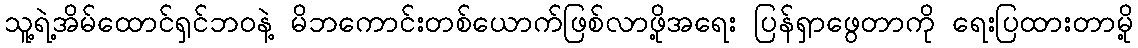
သူ့ရဲ့အိမ်ထောင်ရှင်ဘဝနဲ့ မိဘကောင်းတစ်ယောက်ဖြစ်လာဖို့အရေး ပြန်ရှာဖွေတာကို ရေးပြထားတာမို့